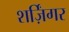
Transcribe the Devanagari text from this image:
शर्ज़िंगर